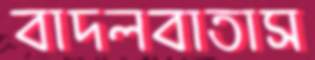
বাদলবাতাস